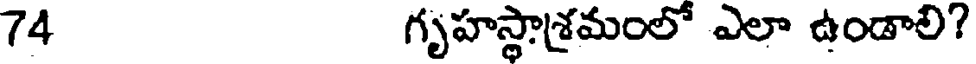
74 గృహస్థాశ్రమంలో ఎలా ఉండాలి?